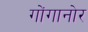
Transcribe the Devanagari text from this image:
गोंगानोर